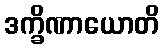
ဒက္ခိဏာယောတိ